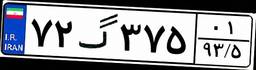
۳۹گ۷۶۷۷۰